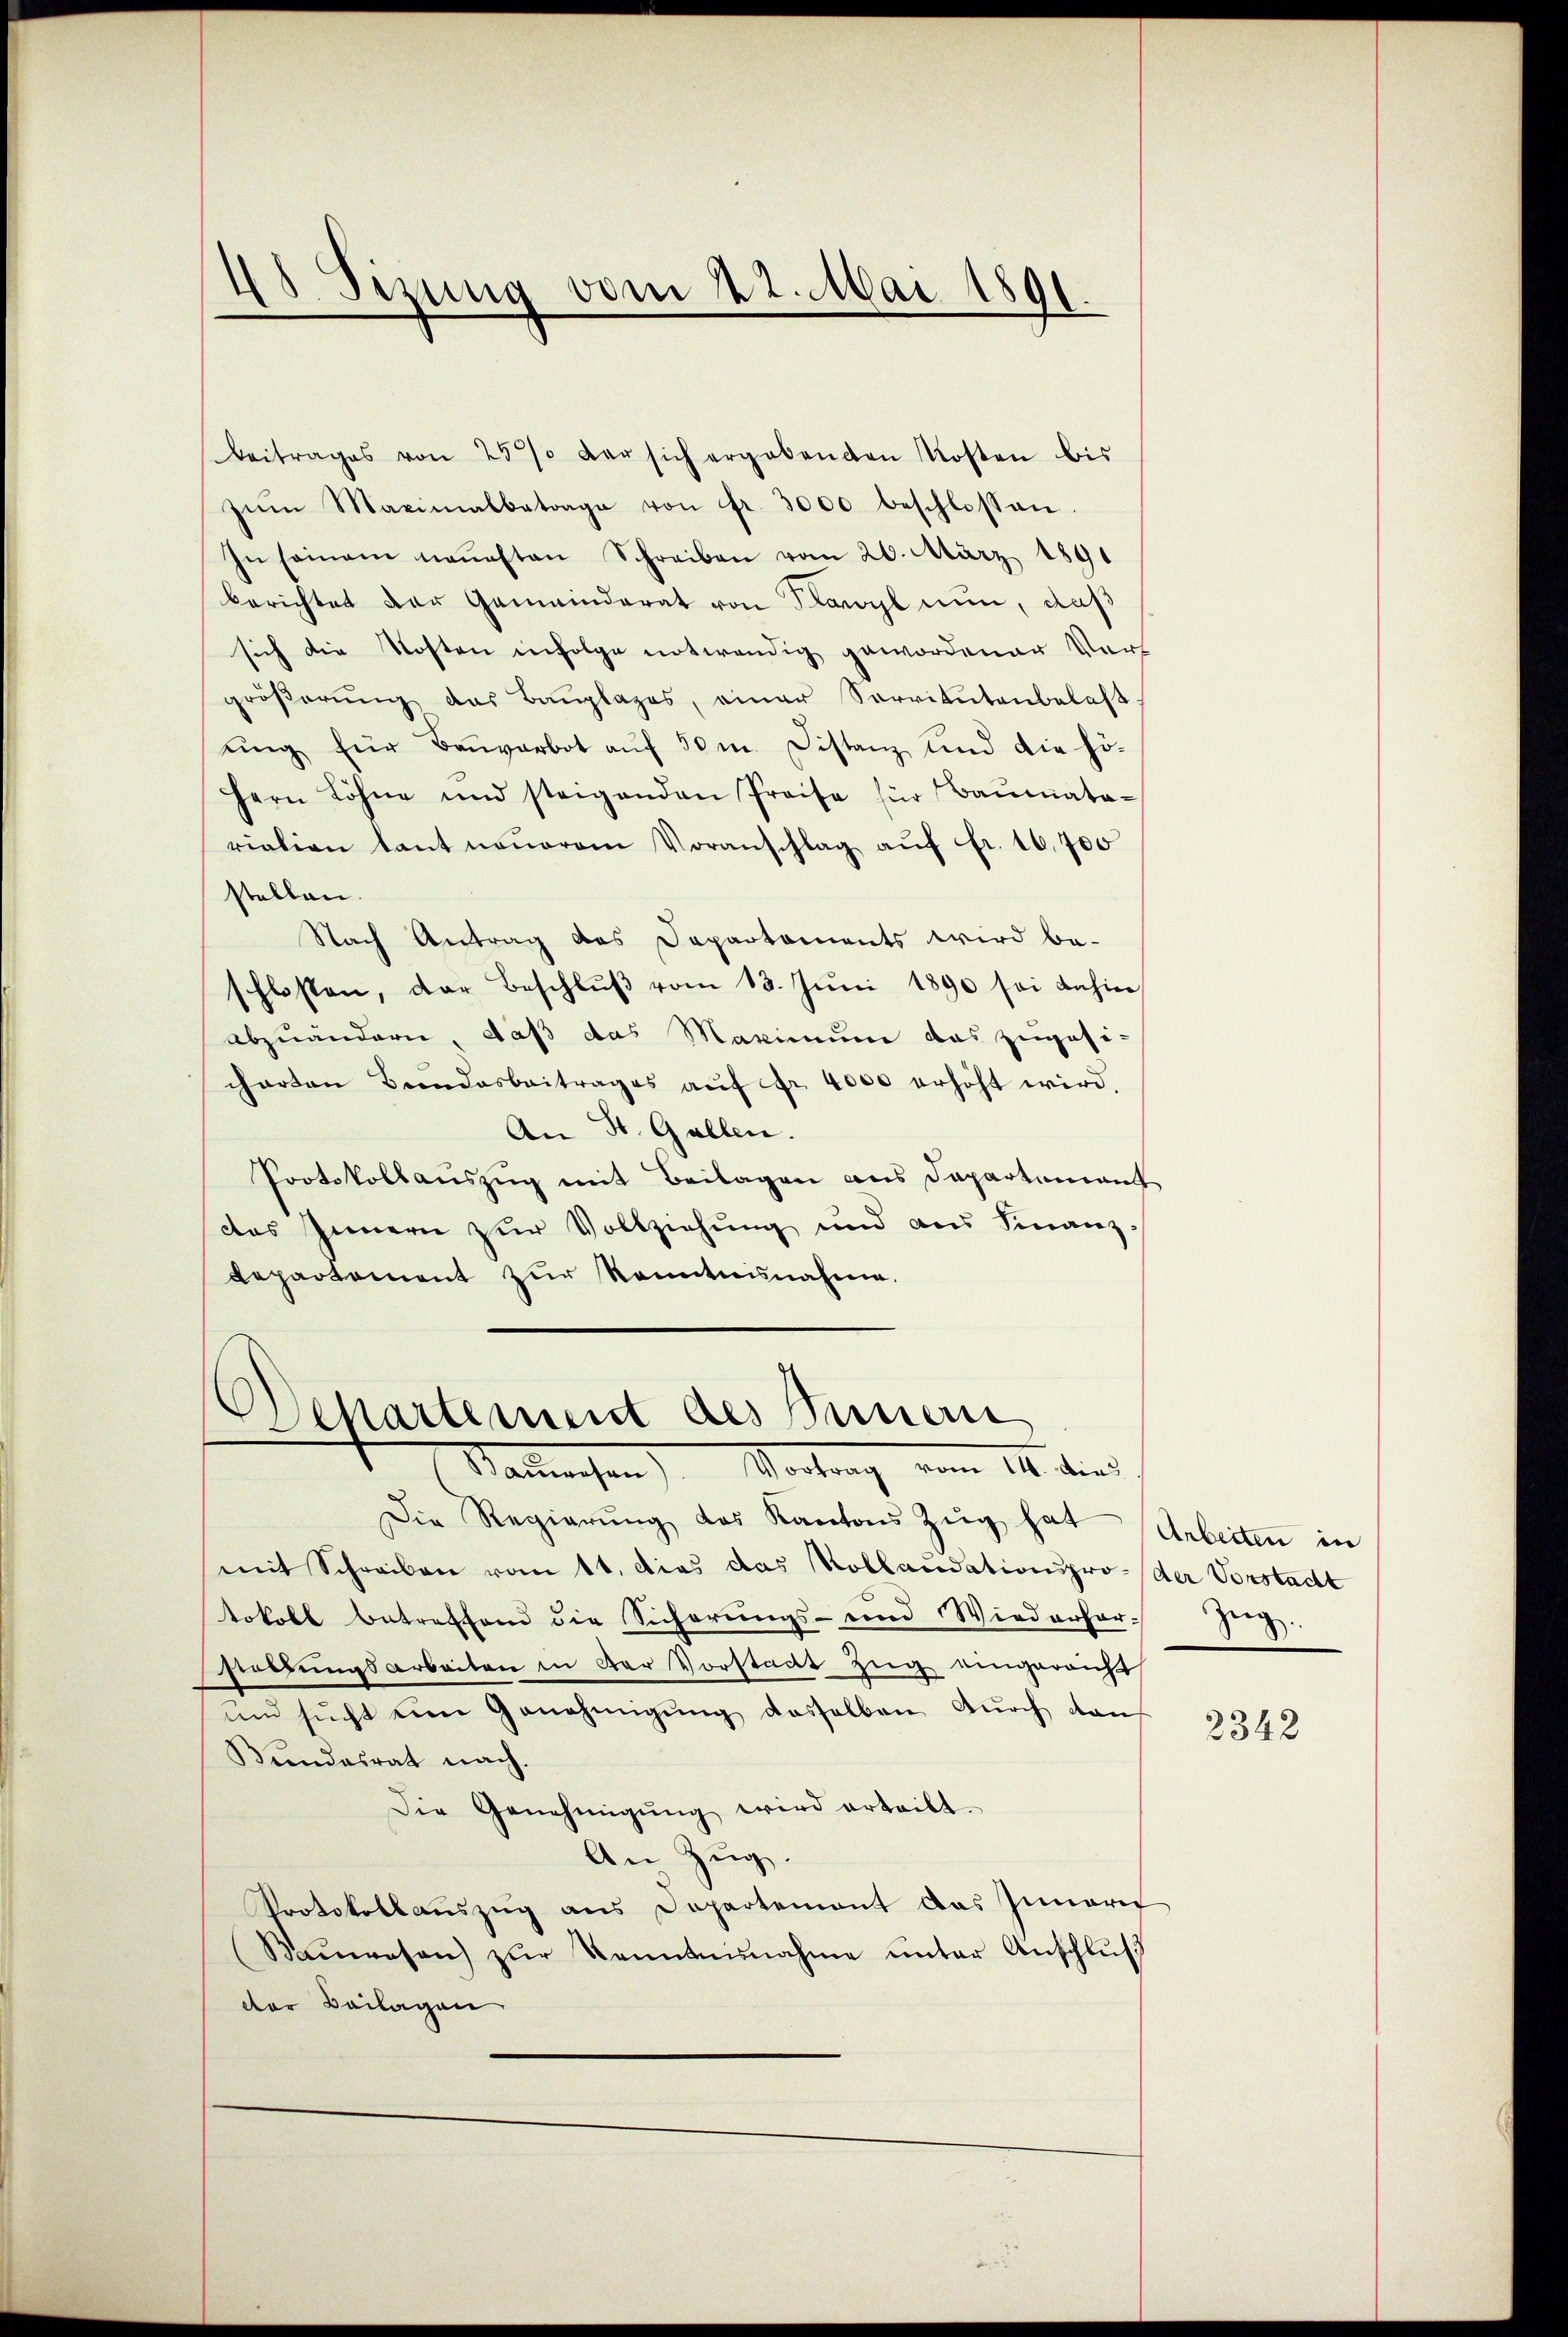
18. Sizung vom 22. Mai 1891.

beitrages von 25% der sich ergabenden Kosten bis
zŭm Maximalbetrage von fr. 3000 beschlossen.
In seinem neuesten Schreiben vom 26. März 1891
berichtet der Gemeinderat von Klawyl nun, daß
sich die Kosten infolge notwendig gewordener Vor
größerung das Bauplazes, einer Servitutenbelast
ŭng für Baŭverbot aŭf 50 m. Distanz und die hö-
Hern Lohne und steigenden Preise für Baŭmata-
riation lant neŭerem Voranschlag aŭf fr. 16,700
stellen.
Nach Antrag das Departaments wird be-
schlossen, der Beschlŭβ vom 13. Jŭni 1890 sei dahin
abzuändern, daß das Maximum das zugesicharten Bundesbeitrages aŭf fr. 4000 erhöht wird.
An St. Gallen.
Protokollauszug mit Beilagen aus Departement
des Innern zur Vollziehung und aus Finanz-
Repartement zur Kenntnisnahme.

Dehartement des Minern
Sauwesen Vortrag vom 14. dies

Die Regierŭng des Kantons Zŭg hat Arbeiten in
mit Schreiben vom 11. dies das Kollaudationspro- der Vorstadt
tokoll betreffend die Sicherŭngs- und Wiederhor
staltungsarbeiten in der Vorstadt Zug eingereicht
und sucht eine Genehmigŭng dasselben durch von
Bundesrat nach.
Die Genehmigŭng wird erteilt.
An Zug.
Protokollauszug aus Departement das Inneri
Baŭwesen zŭr Kenntnisnahme unter Anschluß
der Beilagen

2342